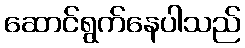
ဆောင်ရွက်နေပါသည်